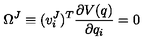
\Omega ^ { J } \equiv ( v _ { i } ^ { J } ) ^ { T } \frac { \partial V ( q ) } { \partial q _ { i } } = 0